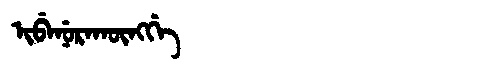
Manchu: ᡳᠪᡝᠨᡠᡵᠠᡴᡡᠩᡤᡝ
Romanization: IBENURAKŪNGGE